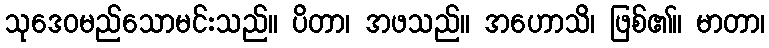
သုဒေဝမည်သောမင်းသည်။ ပိတာ၊ အဖသည်။ အဟောသိ၊ ဖြစ်၏။ မာတာ၊